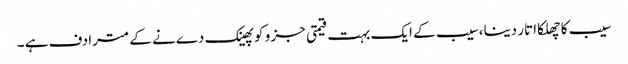
سیب کا چھلکا اتار دینا ،سیب کے ایک بہت قیمتی جز و کو پھینک دےنے کے مترادف ہے ۔